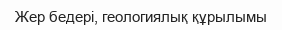
Жер бедері, геологиялық құрылымы